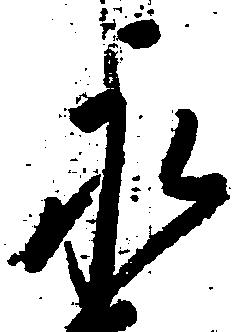
永